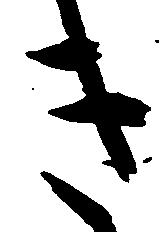
き